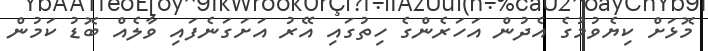
މޮޅަށް ކިޔެވުމުގެ އެދުން އަހަރެންގެ ހިތުގައި އޭރު އަށަގަނެފައި ވާލެއް ބޮޑު ކަމުން